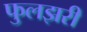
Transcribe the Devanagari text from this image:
फुलझरी